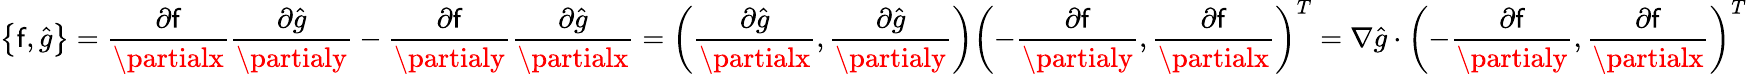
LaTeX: \left\{ \mathsf{f},\hat{{g}}\right\} =\frac{{\partial\mathsf{f}}}{{\partialx}}\frac{{\partial\hat{{g}}}}{{\partialy}}-\frac{{\partial\mathsf{f}}}{{\partialy}}\frac{{\partial\hat{{g}}}}{{\partialx}}=\left(\frac{{\partial\hat{{g}}}}{{\partialx}},\frac{{\partial\hat{{g}}}}{{\partialy}}\right)\left(-\frac{{\partial\mathsf{f}}}{{\partialy}},\frac{{\partial\mathsf{f}}}{{\partialx}}\right)^{T}=\nabla\hat{{g}}\cdot\left(-\frac{{\partial\mathsf{f}}}{{\partialy}},\frac{{\partial\mathsf{f}}}{{\partialx}}\right)^{T}